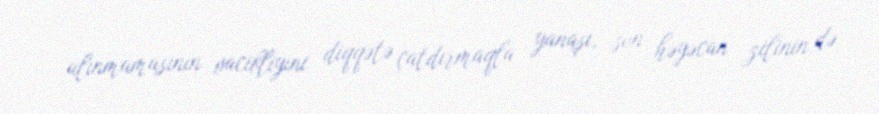
alınmamasının vacibliyini diqqətə çatdırmaqla yanaşı, son həyəcan zilinin də